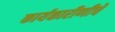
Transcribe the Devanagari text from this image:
कार्यकारीणीचे